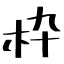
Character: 枠